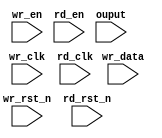
module async_fifo #(
    parameter DATA_WIDTH = 4,
    parameter FIFO_DEPTH = 16,
    parameter FIFO_AFULL = FIFO_DEPTH-1,
    parameter FIFO_AEMPTY = 1
    )(
    input wr_clk,
    input wr_rst_n,
    input wr_en,
    input [DATA_WIDTH-1:0] wr_data,
    input rd_clk,
    input rd_rst_n,
    input rd_en,
    ouput 
    );

endmodule